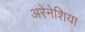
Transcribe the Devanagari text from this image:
अरेनेशिया